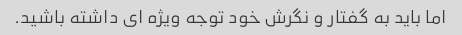
اما باید به گفتار و نگرش خود توجه ویژه ای داشته باشید.